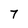
Character: 7